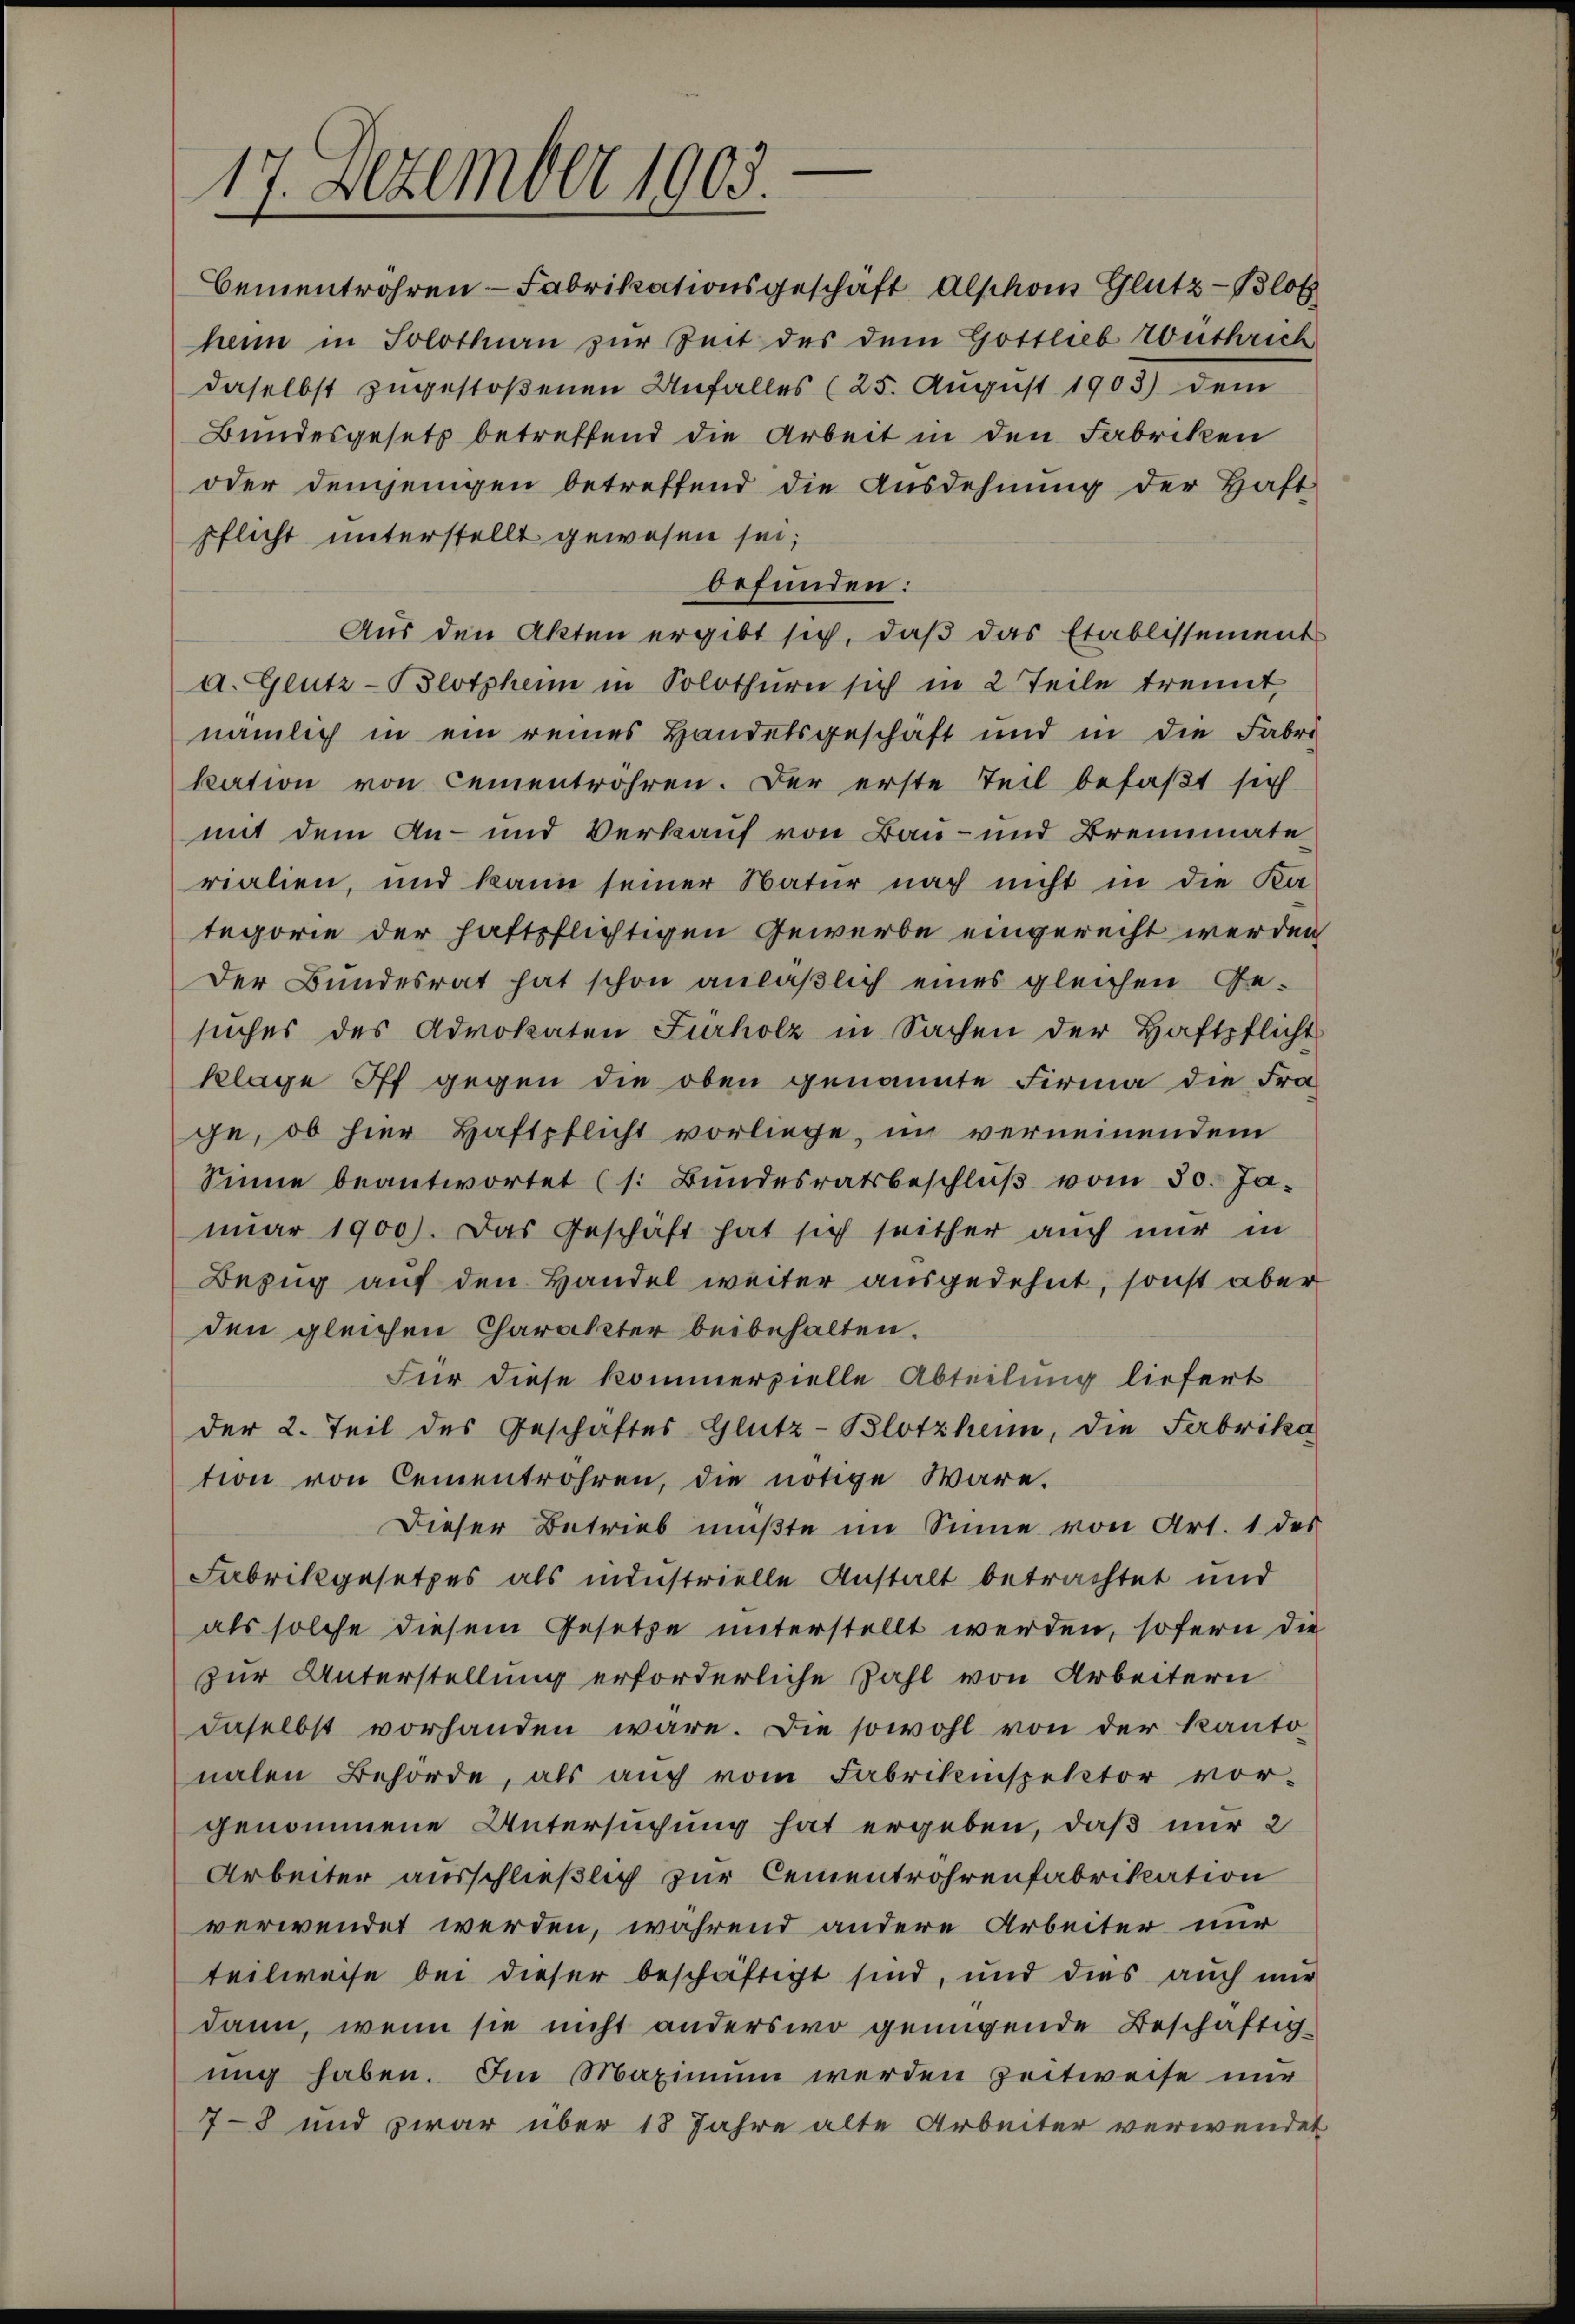
17. Dezember 1903.

Cementrohren Fabrikationsgeschaft Alphon Glutz-Blotz
heim in Solothurn zur Zeit des dem Gottlieb Wüthrich
daselbst zugestoßenen Unfalles (25. August 1903) dem
Bundesgesetz betreffend die Arbeit in den Fabriken
oder demjenigen betreffend die Ausdehnung der Haft-
pflicht unterstellt gewesen sei;
befunden:
Aus den Akten ergibt sich, daß das Etablissement
a. Glutz-Blotphen in Solothurn sich in 2 Teile trennt,
nämlich in ein reines Handelsgeschaft und in die Fabri
kation von Cementrohren. Der erste Teil befaßt sich
mit dem An- und Verkauf von Bau- und Brennmate
rialien, und kann seiner Natur nach nicht in die Ka
tegorie der haftsflichtigen Gewerbe eingerecht werden
Der Bundesrat hat schon anläßlich eines gleichen Ge-
suches des Advokaten Fürholz in Sachen der Haftpflicht
klage Iff gegen die oben genannte Firma die Fra-
ge, ob hier Haftpflicht vorliege, im verneinendem
Sinne beantwortet (s. Bŭndesratsbeschlŭβ vom 30. Ja-
nuar 1900). Das Geschäft hat sich seither auch nur in
Bezug auf den Handel weiter ausgedehnt, sonst aber
den gleichen Charakter beibehalten.
Für diese kommerzielle Abteilung liefert
der 2. Teil des Geschäftes Glutz-Blotzheim, die Fabrika
tion von Cementröhren, die nötige wäre.
Dieser Betrieb müßte im Sinne von Art. 1 des
Fabrikgesetzes als industrielle Anstalt betrachtet und
als solche diesem Gesetze unterstellt werden, sofern die
zur Unterstellung erforderliche Zahl von Arbeitern
daselbst vorhanden wäre. Die sowohl von der Kantonalen Behörde, als auch vom Fabrikinspektor vor-
genommene Untersuchung hat ergeben, daß nur 2
Arbeiter ausschließlich zur Cementrohrenfabrikation
verwendet werden, während andere Arbeiter nur
teilweise bei dieser beschäftigt sind, und dies auch mir
dann, wenn sie nicht anderswo genügende Beschäftig-
ung haben. Im Maximum werden Zeitweise nur
7-8 und zwar über 18 Jahre alte Arbeiter verwendet